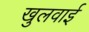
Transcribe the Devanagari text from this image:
खुलवाई